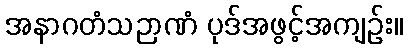
အနာဂတံသဉာဏံ ပုဒ်အဖွင့်အကျဉ်း။